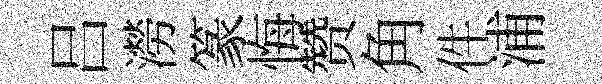
吕澇篆悔赞角件浦